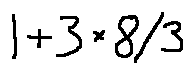
1 + 3 \times 8 / 3